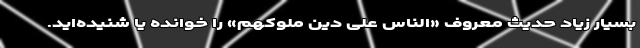
بسیار زیاد حدیث معروف «الناس علی دین ملوکهم» را خوانده یا شنیده‌ا‌ید.